Calcutta medical institutions reports 1879-81 [i.e.91]
Year: 1879
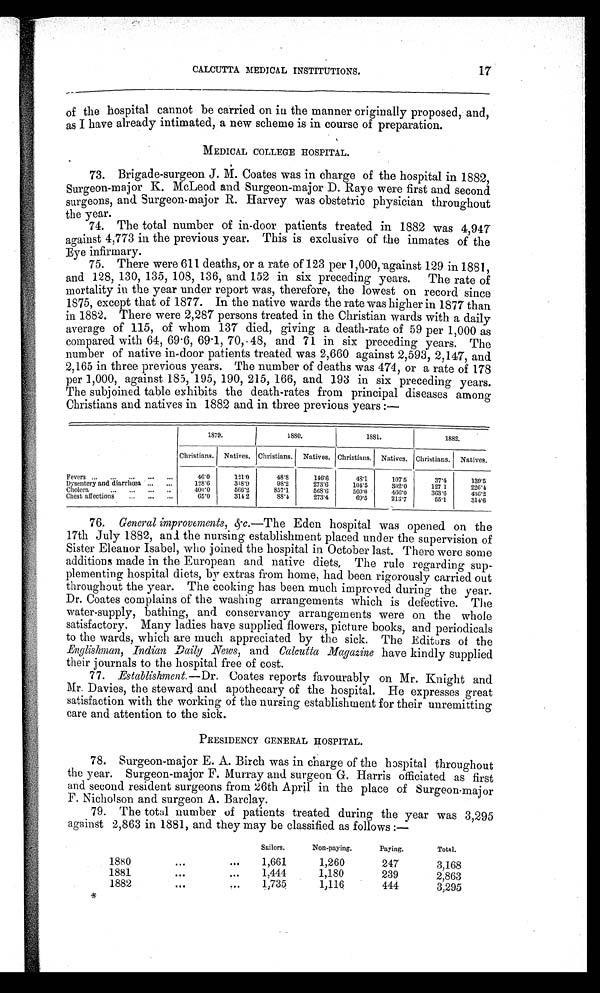
17
CALCUTTA MEDICAL INSTITUTIONS.
of the hospital cannot be carried on in the manner originally proposed, and,
as I have already intimated, a new scheme is in course of preparation.
MEDICAL COLLEGE HOSPITAL.
73. Brigade-surgeon J. M. Coates was in charge of the hospital in 1882,
Surgeon-major K. McLeod and Surgeon-major D. Raye were first and second
surgeons, and Surgeon-major R. Harvey was obstetric physician throughout
the year.
74. The total number of in-door patients treated in 1882 was 4,947
against 4,773 in the previous year. This is exclusive of the inmates of the
Eye infirmary.
75. There were 611 deaths, or a rate of 123 per 1,000, against 129 in 1881,
and 128, 130, 135, 108, 136, and 152 in six preceding years. The rate of
mortality in the year under report was, therefore, the lowest on record since
1875, except that of 1877. In the native wards the rate was higher in 1877 than
in 1882. There were 2,287 persons treated in the Christian wards with a daily
average of 115, of whom 137 died, giving a death-rate of 59 per 1,000 as
compared with 64, 69.6, 69.1, 70, 48, and 71 in six preceding years. The
number of native in-door patients treated was 2,660 against 2,593, 2,147, and
2,165 in three previous years. The number of deaths was 474, or a rate of 178
per 1,000, against 185, 195, 190, 215, 166, and 193 in six preceding years.
The subjoined table exhibits the death-rates from principal diseases among
Christians and natives in 1882 and in three previous years :—
. . .
Fevers ... ... ... ... ...
1879.
1880.
1881.
1882.
Christians. Natives. Christians. Natives. Christians. Natives. Christians. Natives.
46.0
1 2 1 . 0
48.8
146.6
48.1
107.5
37.4
139.5
Dysentery and diarrhœa... ...
128.6
318.9
98.2
273.6
104.5
302.0
127.1
2 2 6 . 4
Cholera
...
...
...
4 0 0 . 0
566.2
857.1
568.0
500.0
460. 0
363.6
4 3 6 . 2
Chest affections ...
... ...
65.0
314.2
88.4
273.4
69.5
2 1 3 . 7
55.1
3 1 4 . 6
76.
General improvements,&c .—The Eden hospital was opened on the
17th July 1882, and the nursing establishment placed under the supervision of
Sister Eleanor Isabel, who joined the hospital in October last. There were some
additions made in the European and native diets. The rule regarding sup-
- p l e m e n t i n g h o s p i t a l d i e t s , b y e x t r a s f r o m h o m e , h a d b e e n r i g o r o u s l y c a r r i e d o u t
throughout the year. The cooking has been much improved during the year.
Dr. Coates complains of the washing arrangements which is defective. The
water-supply, bathing, and conservancy arrangements were on the whole
satisfactory. Many ladies have supplied flowers, picture books, and periodicals
to the wards, which are much appreciated by the sick. The Editors of the
Englishman, Indian Daily News, and Calcutta Magazine have kindly supplied
their journals to the hospital free of cost.
77. Establishment.— Dr. Coates reports favourably on Mr. Knight and
Mr. Davies, the steward and apothecary of the hospital. He expresses great
satisfaction with the working of the nursing establishment for their unremitting
care and attention to the sick.
PRESIDENCY GENERAL HOSPITAL.
78. Surgeon-major E. A. Birch was in charge of the hospital throughout
the year. Surgeon-major F. Murray and surgeon G. Harris officiated as first
and second resident surgeons from 26th April in the place of Surgeon-major
F. Nicholson and surgeon A. Barclay.
79.
The total number of patients treated during the year was 3,295
against 2,863 in 1881, and they may be classified as follows :—
Sailors.
Non-paying.
Paying.
Total.
1 8 8 0
. . .
...
1,661
1,260
247
3,168
1881
. . .
...
1,444
1,180
239
2,863
1882
. . .
. . .
1 735
1,116
444
3,295